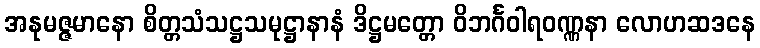
အနုမဇ္ဇမာနော စိတ္တသံသဋ္ဌသမုဋ္ဌာနာနံ ဒိဋ္ဌမတ္တော ဝိဘင်္ဂဝါရဝဏ္ဏနာ လောဟဆဒနေ